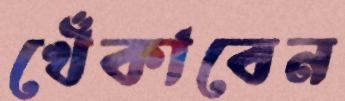
খেঁকাবেন